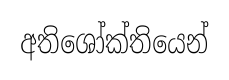
අතිශෝක්තියෙන්